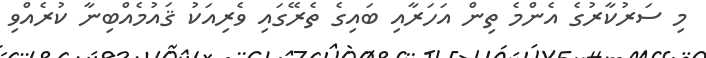
މި ސަރުކާރުގެ އެންމެ ތިން އަހަރާއި ބައިގެ ތެރޭގައި ވެރިއަކު ޤައުމެއްބިނާ ކުރެއްވި